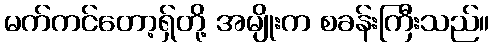
မက်ကင်တော့ရှ်တို့ အမျိုးက စခန်းကြီးသည်။